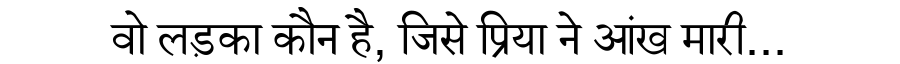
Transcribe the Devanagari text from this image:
वो लड़का कौन है, जिसे प्रिया ने आंख मारी...